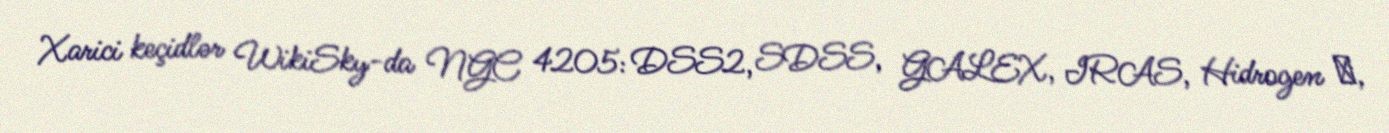
Xarici keçidlər WikiSky-da NGC 4205: DSS2, SDSS, GALEX, IRAS, Hidrogen α,